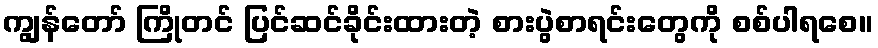
ကျွန်တော် ကြိုတင် ပြင်ဆင်ခိုင်းထားတဲ့ စားပွဲစာရင်းတွေကို စစ်ပါရစေ။